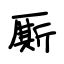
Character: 厮